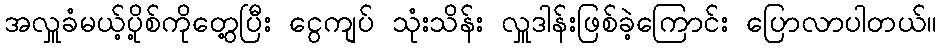
အလှူခံမယ့်ပို့စ်ကိုတွေ့ပြီး ငွေကျပ် သုံးသိန်း လှူဒါန်းဖြစ်ခဲ့ကြောင်း ပြောလာပါတယ်။